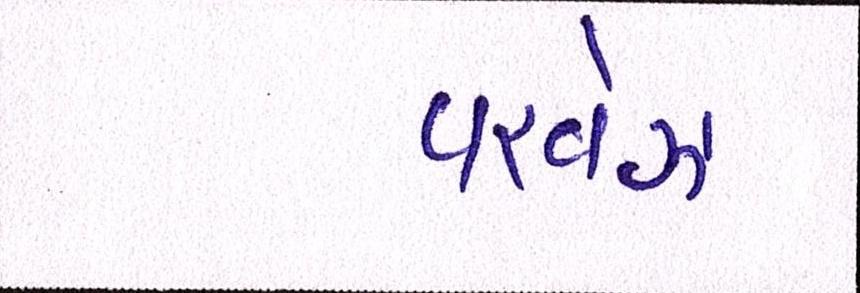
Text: પરવેઝ